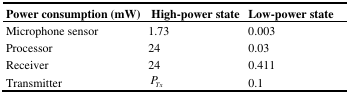
<table><thead><tr><td><b>Power consumption (mW)</b></td><td><b>High-power state</b></td><td><b>Low-power state</b></td></tr></thead><tbody><tr><td>Microphone sensor</td><td>1.73</td><td>0.003</td></tr><tr><td>Processor</td><td>24</td><td>0.03</td></tr><tr><td>Receiver</td><td>24</td><td>0.411</td></tr><tr><td>Transmitter</td><td><i>P<sub>Tx</sub></i></td><td>0.1</td></tr></tbody></table>